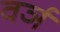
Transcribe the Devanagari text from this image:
वर्ञ